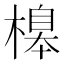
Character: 𣘶